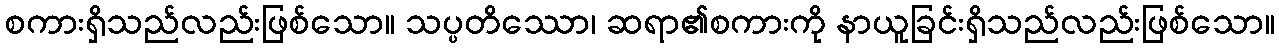
စကားရှိသည်လည်းဖြစ်သော။ သပ္ပတိဿော၊ ဆရာ၏စကားကို နာယူခြင်းရှိသည်လည်းဖြစ်သော။